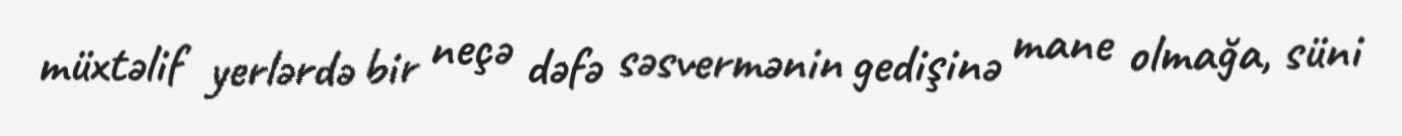
müxtəlif yerlərdə bir neçə dəfə səsvermənin gedişinə mane olmağa, süni